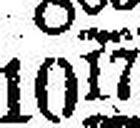
1017